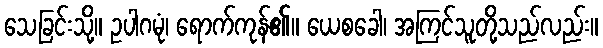
သေခြင်းသို့။ ဥပါဂမုံ၊ ရောက်ကုန်၏။ ယေစခေါ၊ အကြင်သူတို့သည်လည်း။